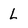
Character: L